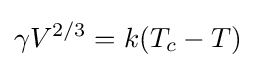
\gamma V^{2/3}=k(T_{c}-T)